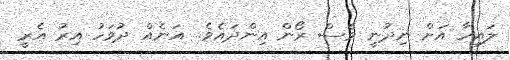
ލައިހާ އަށް ނިދުނީ ވެސް ރޯން އިންދައެވެ.. އަނެއް ދުވަހު އިރު އެރީ